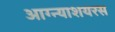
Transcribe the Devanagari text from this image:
आग्न्याशयरस